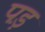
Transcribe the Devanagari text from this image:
पड़़